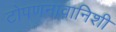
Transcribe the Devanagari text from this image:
टोपणनावानिशी